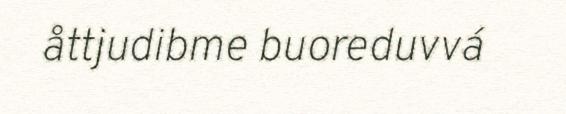
åttjudibme buoreduvvá